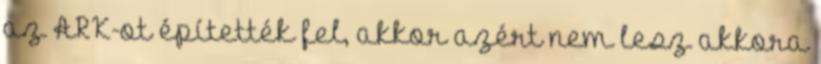
az ARK-ot építették fel, akkor azért nem lesz akkora